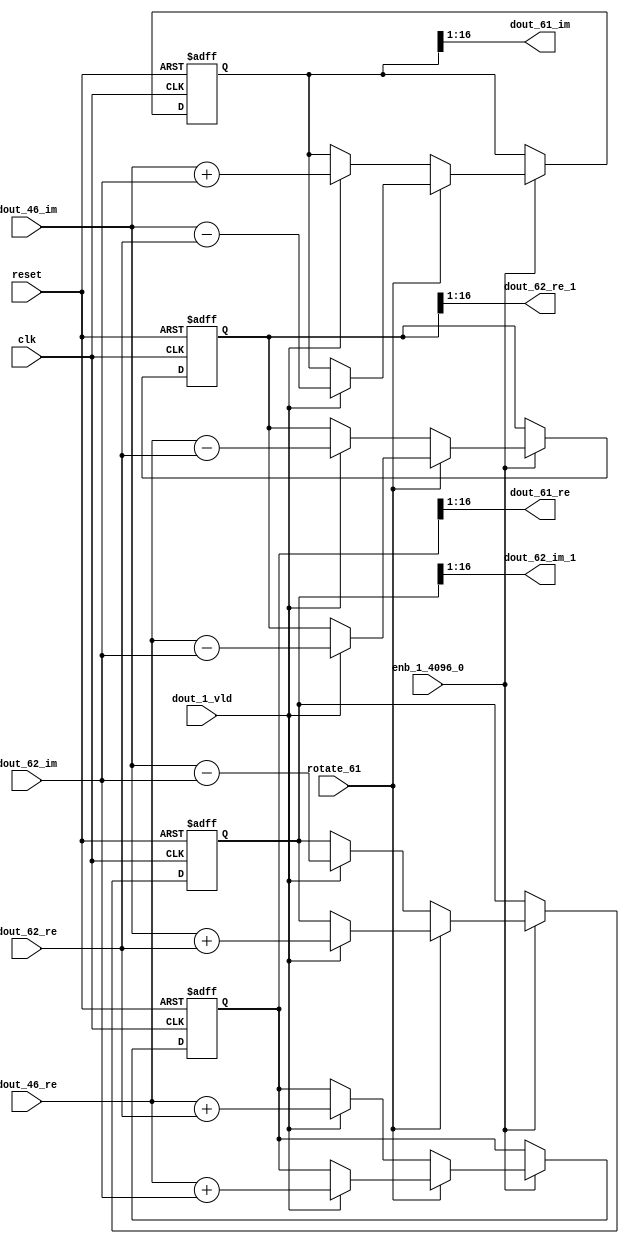
// -------------------------------------------------------------
// 
// 
// Generated by MATLAB 9.14 and HDL Coder 4.1
// 
// -------------------------------------------------------------


// -------------------------------------------------------------
// 
// Module: RADIX22FFT_SDNF2_4_block29
// Source Path: dsphdl.IFFT/RADIX22FFT_SDNF2_4
// Hierarchy Level: 4
// 
// -------------------------------------------------------------

`timescale 1 ns / 1 ns

module RADIX22FFT_SDNF2_4_block29
          (clk,
           reset,
           enb_1_4096_0,
           rotate_61,
           dout_46_re,
           dout_46_im,
           dout_62_re,
           dout_62_im,
           dout_1_vld,
           dout_61_re,
           dout_61_im,
           dout_62_re_1,
           dout_62_im_1);


  input   clk;
  input   reset;
  input   enb_1_4096_0;
  input   rotate_61;  // ufix1
  input   signed [15:0] dout_46_re;  // sfix16_En14
  input   signed [15:0] dout_46_im;  // sfix16_En14
  input   signed [15:0] dout_62_re;  // sfix16_En14
  input   signed [15:0] dout_62_im;  // sfix16_En14
  input   dout_1_vld;
  output  signed [15:0] dout_61_re;  // sfix16_En14
  output  signed [15:0] dout_61_im;  // sfix16_En14
  output  signed [15:0] dout_62_re_1;  // sfix16_En14
  output  signed [15:0] dout_62_im_1;  // sfix16_En14


  reg  Radix22ButterflyG2_NF_din_vld_dly;
  reg signed [16:0] Radix22ButterflyG2_NF_btf1_re_reg;  // sfix17
  reg signed [16:0] Radix22ButterflyG2_NF_btf1_im_reg;  // sfix17
  reg signed [16:0] Radix22ButterflyG2_NF_btf2_re_reg;  // sfix17
  reg signed [16:0] Radix22ButterflyG2_NF_btf2_im_reg;  // sfix17
  reg  Radix22ButterflyG2_NF_din_vld_dly_next;
  reg signed [16:0] Radix22ButterflyG2_NF_btf1_re_reg_next;  // sfix17_En14
  reg signed [16:0] Radix22ButterflyG2_NF_btf1_im_reg_next;  // sfix17_En14
  reg signed [16:0] Radix22ButterflyG2_NF_btf2_re_reg_next;  // sfix17_En14
  reg signed [16:0] Radix22ButterflyG2_NF_btf2_im_reg_next;  // sfix17_En14
  reg signed [15:0] dout_61_re_1;  // sfix16_En14
  reg signed [15:0] dout_61_im_1;  // sfix16_En14
  reg signed [15:0] dout_62_re_2;  // sfix16_En14
  reg signed [15:0] dout_62_im_2;  // sfix16_En14
  reg  dout_4_vld;
  reg signed [16:0] Radix22ButterflyG2_NF_add_cast;  // sfix17_En14
  reg signed [16:0] Radix22ButterflyG2_NF_add_cast_0;  // sfix17_En14
  reg signed [16:0] Radix22ButterflyG2_NF_add_cast_1;  // sfix17_En14
  reg signed [16:0] Radix22ButterflyG2_NF_add_cast_2;  // sfix17_En14
  reg signed [16:0] Radix22ButterflyG2_NF_sub_cast;  // sfix17_En14
  reg signed [16:0] Radix22ButterflyG2_NF_sub_cast_0;  // sfix17_En14
  reg signed [16:0] Radix22ButterflyG2_NF_sub_cast_1;  // sfix17_En14
  reg signed [16:0] Radix22ButterflyG2_NF_sub_cast_2;  // sfix17_En14
  reg signed [16:0] Radix22ButterflyG2_NF_sra_temp;  // sfix17_En14
  reg signed [16:0] Radix22ButterflyG2_NF_add_cast_3;  // sfix17_En14
  reg signed [16:0] Radix22ButterflyG2_NF_add_cast_4;  // sfix17_En14
  reg signed [16:0] Radix22ButterflyG2_NF_add_cast_5;  // sfix17_En14
  reg signed [16:0] Radix22ButterflyG2_NF_add_cast_6;  // sfix17_En14
  reg signed [16:0] Radix22ButterflyG2_NF_sra_temp_0;  // sfix17_En14
  reg signed [16:0] Radix22ButterflyG2_NF_sub_cast_3;  // sfix17_En14
  reg signed [16:0] Radix22ButterflyG2_NF_sub_cast_4;  // sfix17_En14
  reg signed [16:0] Radix22ButterflyG2_NF_sub_cast_5;  // sfix17_En14
  reg signed [16:0] Radix22ButterflyG2_NF_sub_cast_6;  // sfix17_En14
  reg signed [16:0] Radix22ButterflyG2_NF_sra_temp_1;  // sfix17_En14
  reg signed [16:0] Radix22ButterflyG2_NF_sra_temp_2;  // sfix17_En14


  // Radix22ButterflyG2_NF
  always @(posedge clk or posedge reset)
    begin : Radix22ButterflyG2_NF_process
      if (reset == 1'b1) begin
        Radix22ButterflyG2_NF_din_vld_dly <= 1'b0;
        Radix22ButterflyG2_NF_btf1_re_reg <= 17'sb00000000000000000;
        Radix22ButterflyG2_NF_btf1_im_reg <= 17'sb00000000000000000;
        Radix22ButterflyG2_NF_btf2_re_reg <= 17'sb00000000000000000;
        Radix22ButterflyG2_NF_btf2_im_reg <= 17'sb00000000000000000;
      end
      else begin
        if (enb_1_4096_0) begin
          Radix22ButterflyG2_NF_din_vld_dly <= Radix22ButterflyG2_NF_din_vld_dly_next;
          Radix22ButterflyG2_NF_btf1_re_reg <= Radix22ButterflyG2_NF_btf1_re_reg_next;
          Radix22ButterflyG2_NF_btf1_im_reg <= Radix22ButterflyG2_NF_btf1_im_reg_next;
          Radix22ButterflyG2_NF_btf2_re_reg <= Radix22ButterflyG2_NF_btf2_re_reg_next;
          Radix22ButterflyG2_NF_btf2_im_reg <= Radix22ButterflyG2_NF_btf2_im_reg_next;
        end
      end
    end

  always @(Radix22ButterflyG2_NF_btf1_im_reg, Radix22ButterflyG2_NF_btf1_re_reg,
       Radix22ButterflyG2_NF_btf2_im_reg, Radix22ButterflyG2_NF_btf2_re_reg,
       Radix22ButterflyG2_NF_din_vld_dly, dout_1_vld, dout_46_im, dout_46_re,
       dout_62_im, dout_62_re, rotate_61) begin
    Radix22ButterflyG2_NF_add_cast_1 = 17'sb00000000000000000;
    Radix22ButterflyG2_NF_add_cast_2 = 17'sb00000000000000000;
    Radix22ButterflyG2_NF_sub_cast_1 = 17'sb00000000000000000;
    Radix22ButterflyG2_NF_sub_cast_2 = 17'sb00000000000000000;
    Radix22ButterflyG2_NF_add_cast_5 = 17'sb00000000000000000;
    Radix22ButterflyG2_NF_add_cast_6 = 17'sb00000000000000000;
    Radix22ButterflyG2_NF_sub_cast_5 = 17'sb00000000000000000;
    Radix22ButterflyG2_NF_sub_cast_6 = 17'sb00000000000000000;
    Radix22ButterflyG2_NF_add_cast = 17'sb00000000000000000;
    Radix22ButterflyG2_NF_add_cast_0 = 17'sb00000000000000000;
    Radix22ButterflyG2_NF_sub_cast = 17'sb00000000000000000;
    Radix22ButterflyG2_NF_sub_cast_0 = 17'sb00000000000000000;
    Radix22ButterflyG2_NF_add_cast_3 = 17'sb00000000000000000;
    Radix22ButterflyG2_NF_add_cast_4 = 17'sb00000000000000000;
    Radix22ButterflyG2_NF_sub_cast_3 = 17'sb00000000000000000;
    Radix22ButterflyG2_NF_sub_cast_4 = 17'sb00000000000000000;
    Radix22ButterflyG2_NF_btf1_re_reg_next = Radix22ButterflyG2_NF_btf1_re_reg;
    Radix22ButterflyG2_NF_btf1_im_reg_next = Radix22ButterflyG2_NF_btf1_im_reg;
    Radix22ButterflyG2_NF_btf2_re_reg_next = Radix22ButterflyG2_NF_btf2_re_reg;
    Radix22ButterflyG2_NF_btf2_im_reg_next = Radix22ButterflyG2_NF_btf2_im_reg;
    Radix22ButterflyG2_NF_din_vld_dly_next = dout_1_vld;
    if (rotate_61 != 1'b0) begin
      if (dout_1_vld) begin
        Radix22ButterflyG2_NF_add_cast_1 = {dout_46_re[15], dout_46_re};
        Radix22ButterflyG2_NF_add_cast_2 = {dout_62_im[15], dout_62_im};
        Radix22ButterflyG2_NF_btf1_re_reg_next = Radix22ButterflyG2_NF_add_cast_1 + Radix22ButterflyG2_NF_add_cast_2;
        Radix22ButterflyG2_NF_sub_cast_1 = {dout_46_re[15], dout_46_re};
        Radix22ButterflyG2_NF_sub_cast_2 = {dout_62_im[15], dout_62_im};
        Radix22ButterflyG2_NF_btf2_re_reg_next = Radix22ButterflyG2_NF_sub_cast_1 - Radix22ButterflyG2_NF_sub_cast_2;
        Radix22ButterflyG2_NF_add_cast_5 = {dout_46_im[15], dout_46_im};
        Radix22ButterflyG2_NF_add_cast_6 = {dout_62_re[15], dout_62_re};
        Radix22ButterflyG2_NF_btf2_im_reg_next = Radix22ButterflyG2_NF_add_cast_5 + Radix22ButterflyG2_NF_add_cast_6;
        Radix22ButterflyG2_NF_sub_cast_5 = {dout_46_im[15], dout_46_im};
        Radix22ButterflyG2_NF_sub_cast_6 = {dout_62_re[15], dout_62_re};
        Radix22ButterflyG2_NF_btf1_im_reg_next = Radix22ButterflyG2_NF_sub_cast_5 - Radix22ButterflyG2_NF_sub_cast_6;
      end
    end
    else if (dout_1_vld) begin
      Radix22ButterflyG2_NF_add_cast = {dout_46_re[15], dout_46_re};
      Radix22ButterflyG2_NF_add_cast_0 = {dout_62_re[15], dout_62_re};
      Radix22ButterflyG2_NF_btf1_re_reg_next = Radix22ButterflyG2_NF_add_cast + Radix22ButterflyG2_NF_add_cast_0;
      Radix22ButterflyG2_NF_sub_cast = {dout_46_re[15], dout_46_re};
      Radix22ButterflyG2_NF_sub_cast_0 = {dout_62_re[15], dout_62_re};
      Radix22ButterflyG2_NF_btf2_re_reg_next = Radix22ButterflyG2_NF_sub_cast - Radix22ButterflyG2_NF_sub_cast_0;
      Radix22ButterflyG2_NF_add_cast_3 = {dout_46_im[15], dout_46_im};
      Radix22ButterflyG2_NF_add_cast_4 = {dout_62_im[15], dout_62_im};
      Radix22ButterflyG2_NF_btf1_im_reg_next = Radix22ButterflyG2_NF_add_cast_3 + Radix22ButterflyG2_NF_add_cast_4;
      Radix22ButterflyG2_NF_sub_cast_3 = {dout_46_im[15], dout_46_im};
      Radix22ButterflyG2_NF_sub_cast_4 = {dout_62_im[15], dout_62_im};
      Radix22ButterflyG2_NF_btf2_im_reg_next = Radix22ButterflyG2_NF_sub_cast_3 - Radix22ButterflyG2_NF_sub_cast_4;
    end
    Radix22ButterflyG2_NF_sra_temp = Radix22ButterflyG2_NF_btf1_re_reg >>> 8'd1;
    dout_61_re_1 = Radix22ButterflyG2_NF_sra_temp[15:0];
    Radix22ButterflyG2_NF_sra_temp_0 = Radix22ButterflyG2_NF_btf1_im_reg >>> 8'd1;
    dout_61_im_1 = Radix22ButterflyG2_NF_sra_temp_0[15:0];
    Radix22ButterflyG2_NF_sra_temp_1 = Radix22ButterflyG2_NF_btf2_re_reg >>> 8'd1;
    dout_62_re_2 = Radix22ButterflyG2_NF_sra_temp_1[15:0];
    Radix22ButterflyG2_NF_sra_temp_2 = Radix22ButterflyG2_NF_btf2_im_reg >>> 8'd1;
    dout_62_im_2 = Radix22ButterflyG2_NF_sra_temp_2[15:0];
    dout_4_vld = Radix22ButterflyG2_NF_din_vld_dly;
  end



  assign dout_61_re = dout_61_re_1;

  assign dout_61_im = dout_61_im_1;

  assign dout_62_re_1 = dout_62_re_2;

  assign dout_62_im_1 = dout_62_im_2;

endmodule  // RADIX22FFT_SDNF2_4_block29